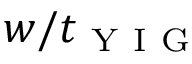
w / t _ { \mathrm { ~ Y ~ I ~ G ~ } }